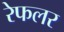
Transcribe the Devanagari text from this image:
रेफलर